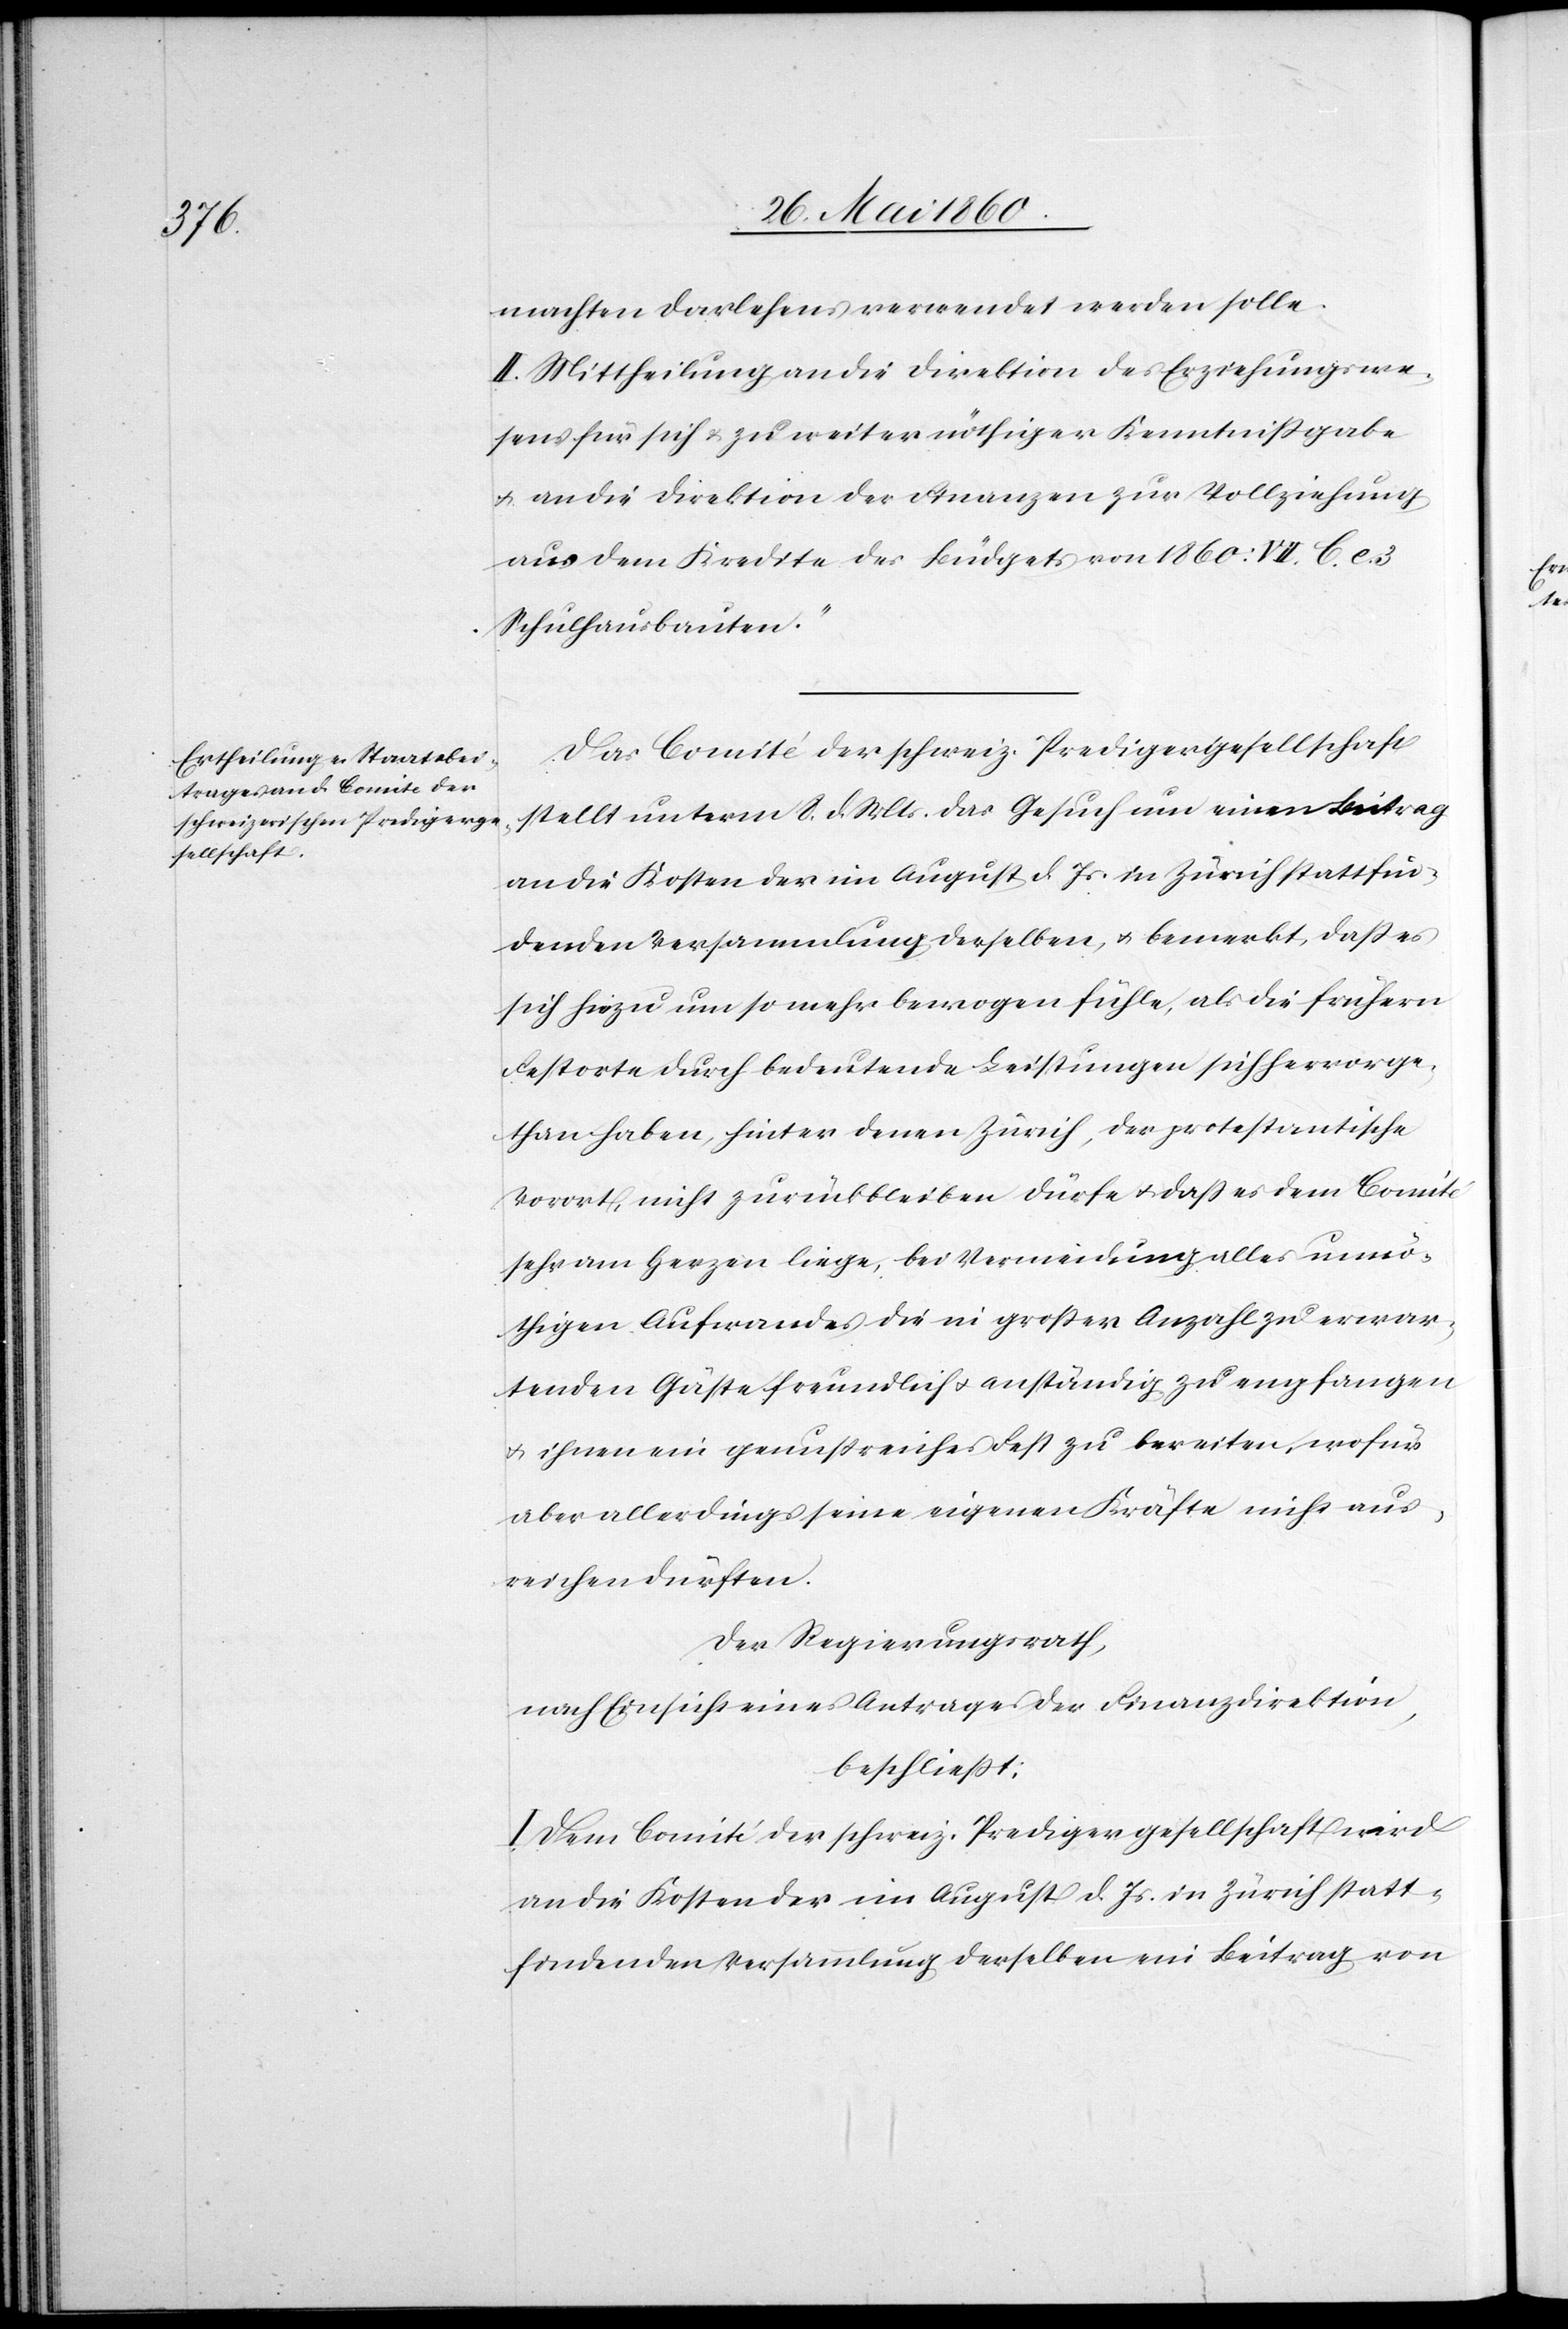
machten Darlehens verwendet werden solle.
II. Mittheilung an die Direktion des Erziehungswe¬
sens für sich u. zu weiter nöthiger Kenntnissgabe
u. an die Direktion der Finanzen zur Vollziehung
aus dem Kredite des Büdgets von 1860: [„]II C. e.
Schulhausbauten.“
Das Comité der schweiz. Predigergesellschaft
stellt unterm 8. d. Mts. das Gesuch um einen Beitrag
an die Kosten der im August d. Js. in Zürich stattfin¬
denden Versammlung derselben, u. bemerkt, dass es
sich hiezu um so mehr bewogen fühle, als die frühern
Festorte durch bedeutende Leistungen sich hervorge¬
than haben, hinter denen Zürich, der protestantische
Vorort, nicht zurückbleiben dürfe u. dass es dem Comité
sehr am Herzen liege, bei Vermeidung alles unnö¬
thigen Aufwandes die in grosser Anzahl zu erwar¬
tenden Gäste freundlich u. anständig zu enfangen
u. ihnen ein genussreiches Fest zu bereiten, wofür
aber allerdings seine eigenen Kräfte nicht aus¬
reichen dürften.
Der Regierungsrath,
nach Einsicht eines Antrages der Finanzdirektion,
beschliesst:
I. Dem Comité der schweiz. Predigergesellschaft wird
an die Kosten der im August d. Js. in Zürich statt¬
findenden Versammlung derselben ein Beitrag von